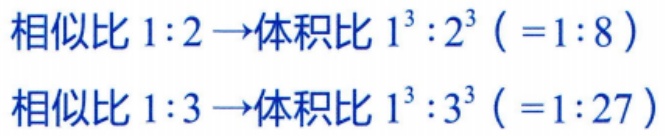
相似比 \(1:2 \to\)体积比 \(1^{3}:2^{3}\ (\ =1:8\ )\)
相似比 \(1:3 \to\)体积比 \(1^{3}:3^{3}\ (\ =1:27\ )\)